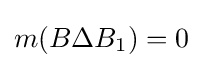
m(B\Delta B_{1})=0